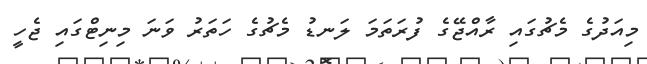
މިއަދުގެ މެޗުގައި ރާއްޖޭގެ ފުރަތަމަ ލަނޑު މެޗުގެ ހަތަރު ވަނަ މިނިޓްގައި ޖެހީ